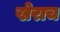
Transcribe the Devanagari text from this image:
खेराच